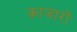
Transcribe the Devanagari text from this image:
क़ाजारों